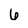
Character: 6